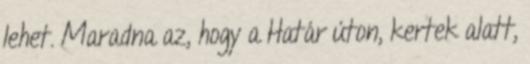
lehet. Maradna az, hogy a Határ úton, kertek alatt,